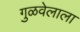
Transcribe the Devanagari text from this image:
गुळवेलाला